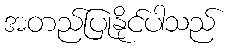
အတည်ပြုနိုင်ပါသည်